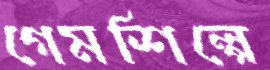
গেমশিল্পে